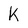
Character: k